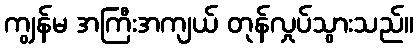
ကျွန်မ အကြီးအကျယ် တုန်လှုပ်သွားသည်။